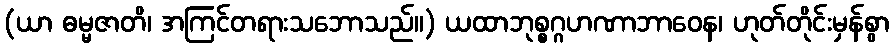
(ယာ ဓမ္မဇာတိ၊ အကြင်တရားသဘောသည်။) ယထာဘုစ္စဂ္ဂဟဏာဘာဝေန၊ ဟုတ်တိုင်းမှန်စွာ